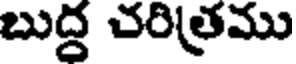
బుద్ద చరిత్రము